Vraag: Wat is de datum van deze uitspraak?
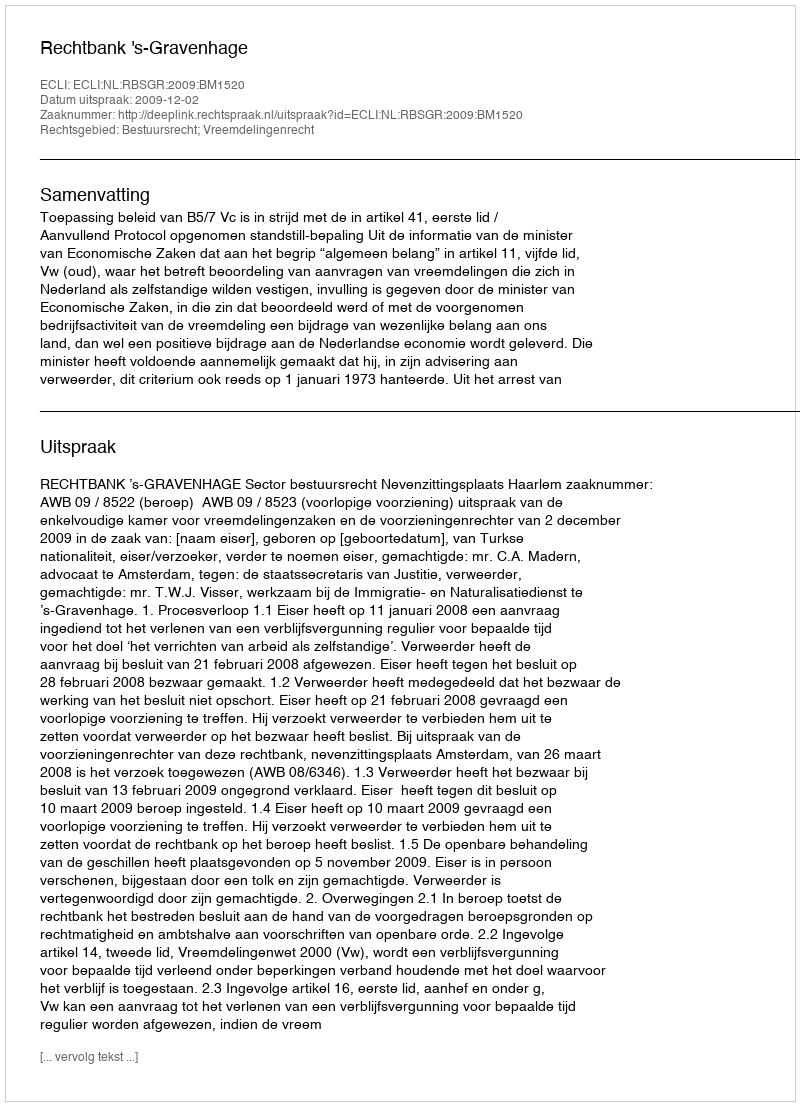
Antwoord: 2009-12-02